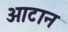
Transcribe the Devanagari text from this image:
ओटान